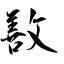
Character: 敾